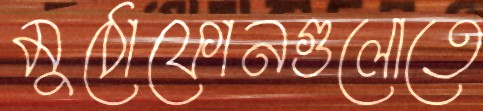
মুঠোফোনগুলোতে